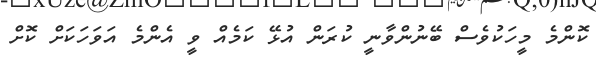
ކޮންމެ މީހަކުވެސް ބޭނުންވާނީ ކުރަން އުޅޭ ކަމެއް ވީ އެންމެ އަވަހަކަށް ކޮށް